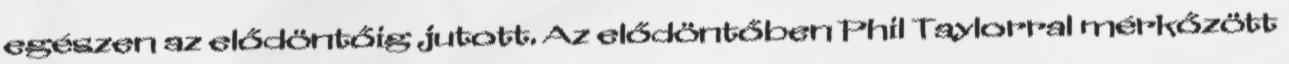
egészen az elődöntőig jutott. Az elődöntőben Phil Taylorral mérkőzött